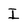
Character: I